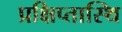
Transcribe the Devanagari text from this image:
प्रक्षिप्तास्थि